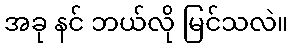
အခု နင် ဘယ်လို မြင်သလဲ။